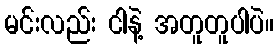
မင်းလည်း ငါနဲ့ အတူတူပါပဲ။